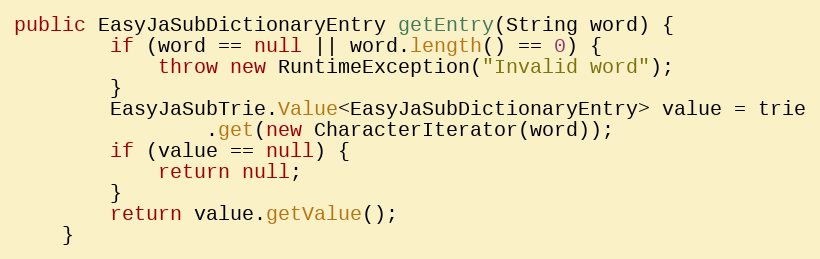
Language: Java
public EasyJaSubDictionaryEntry getEntry(String word) {
		if (word == null || word.length() == 0) {
			throw new RuntimeException("Invalid word");
		}
		EasyJaSubTrie.Value<EasyJaSubDictionaryEntry> value = trie
				.get(new CharacterIterator(word));
		if (value == null) {
			return null;
		}
		return value.getValue();
	}